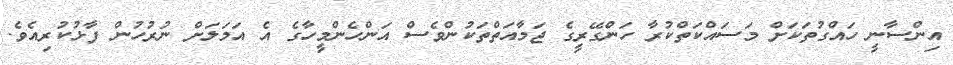
އިންސާނީ ހައްގުތަކަށް މަސައްކަތްކުރާ ހަންގޭރީގެ ޖަމާއަތްތަކުންވެސް އަންހެންމީހާގެ އެ އަމަލަށް ނުރުހުން ފާޅުކުރިއެވެ.